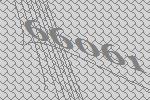
66061